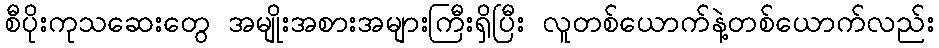
စီပိုးကုသဆေးတွေ အမျိုးအစားအများကြီးရှိပြီး လူတစ်ယောက်နဲ့တစ်ယောက်လည်း